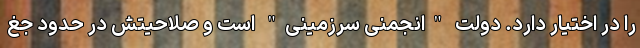
را در اختیار دارد. دولت "انجمنی سرزمینی" است و صلاحیتش در حدود جغ